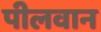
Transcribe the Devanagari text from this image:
पीलवान